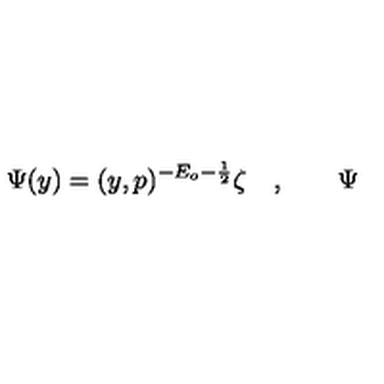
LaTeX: { \Psi } ( y ) = ( y , p ) ^ { - E _ { o } - \frac 1 2 } \zeta \quad , \qquad { \Psi }